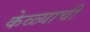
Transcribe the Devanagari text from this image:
केळ्याची